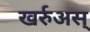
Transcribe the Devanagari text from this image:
खर्रुअस्